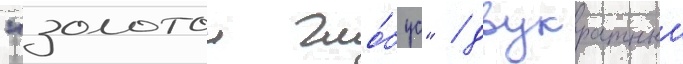
"золотои гло́бус" / двукратныи